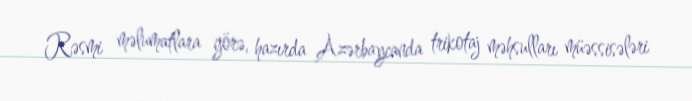
Rəsmi məlumatlara görə, hazırda Azərbaycanda trikotaj məhsulları müəssisələri